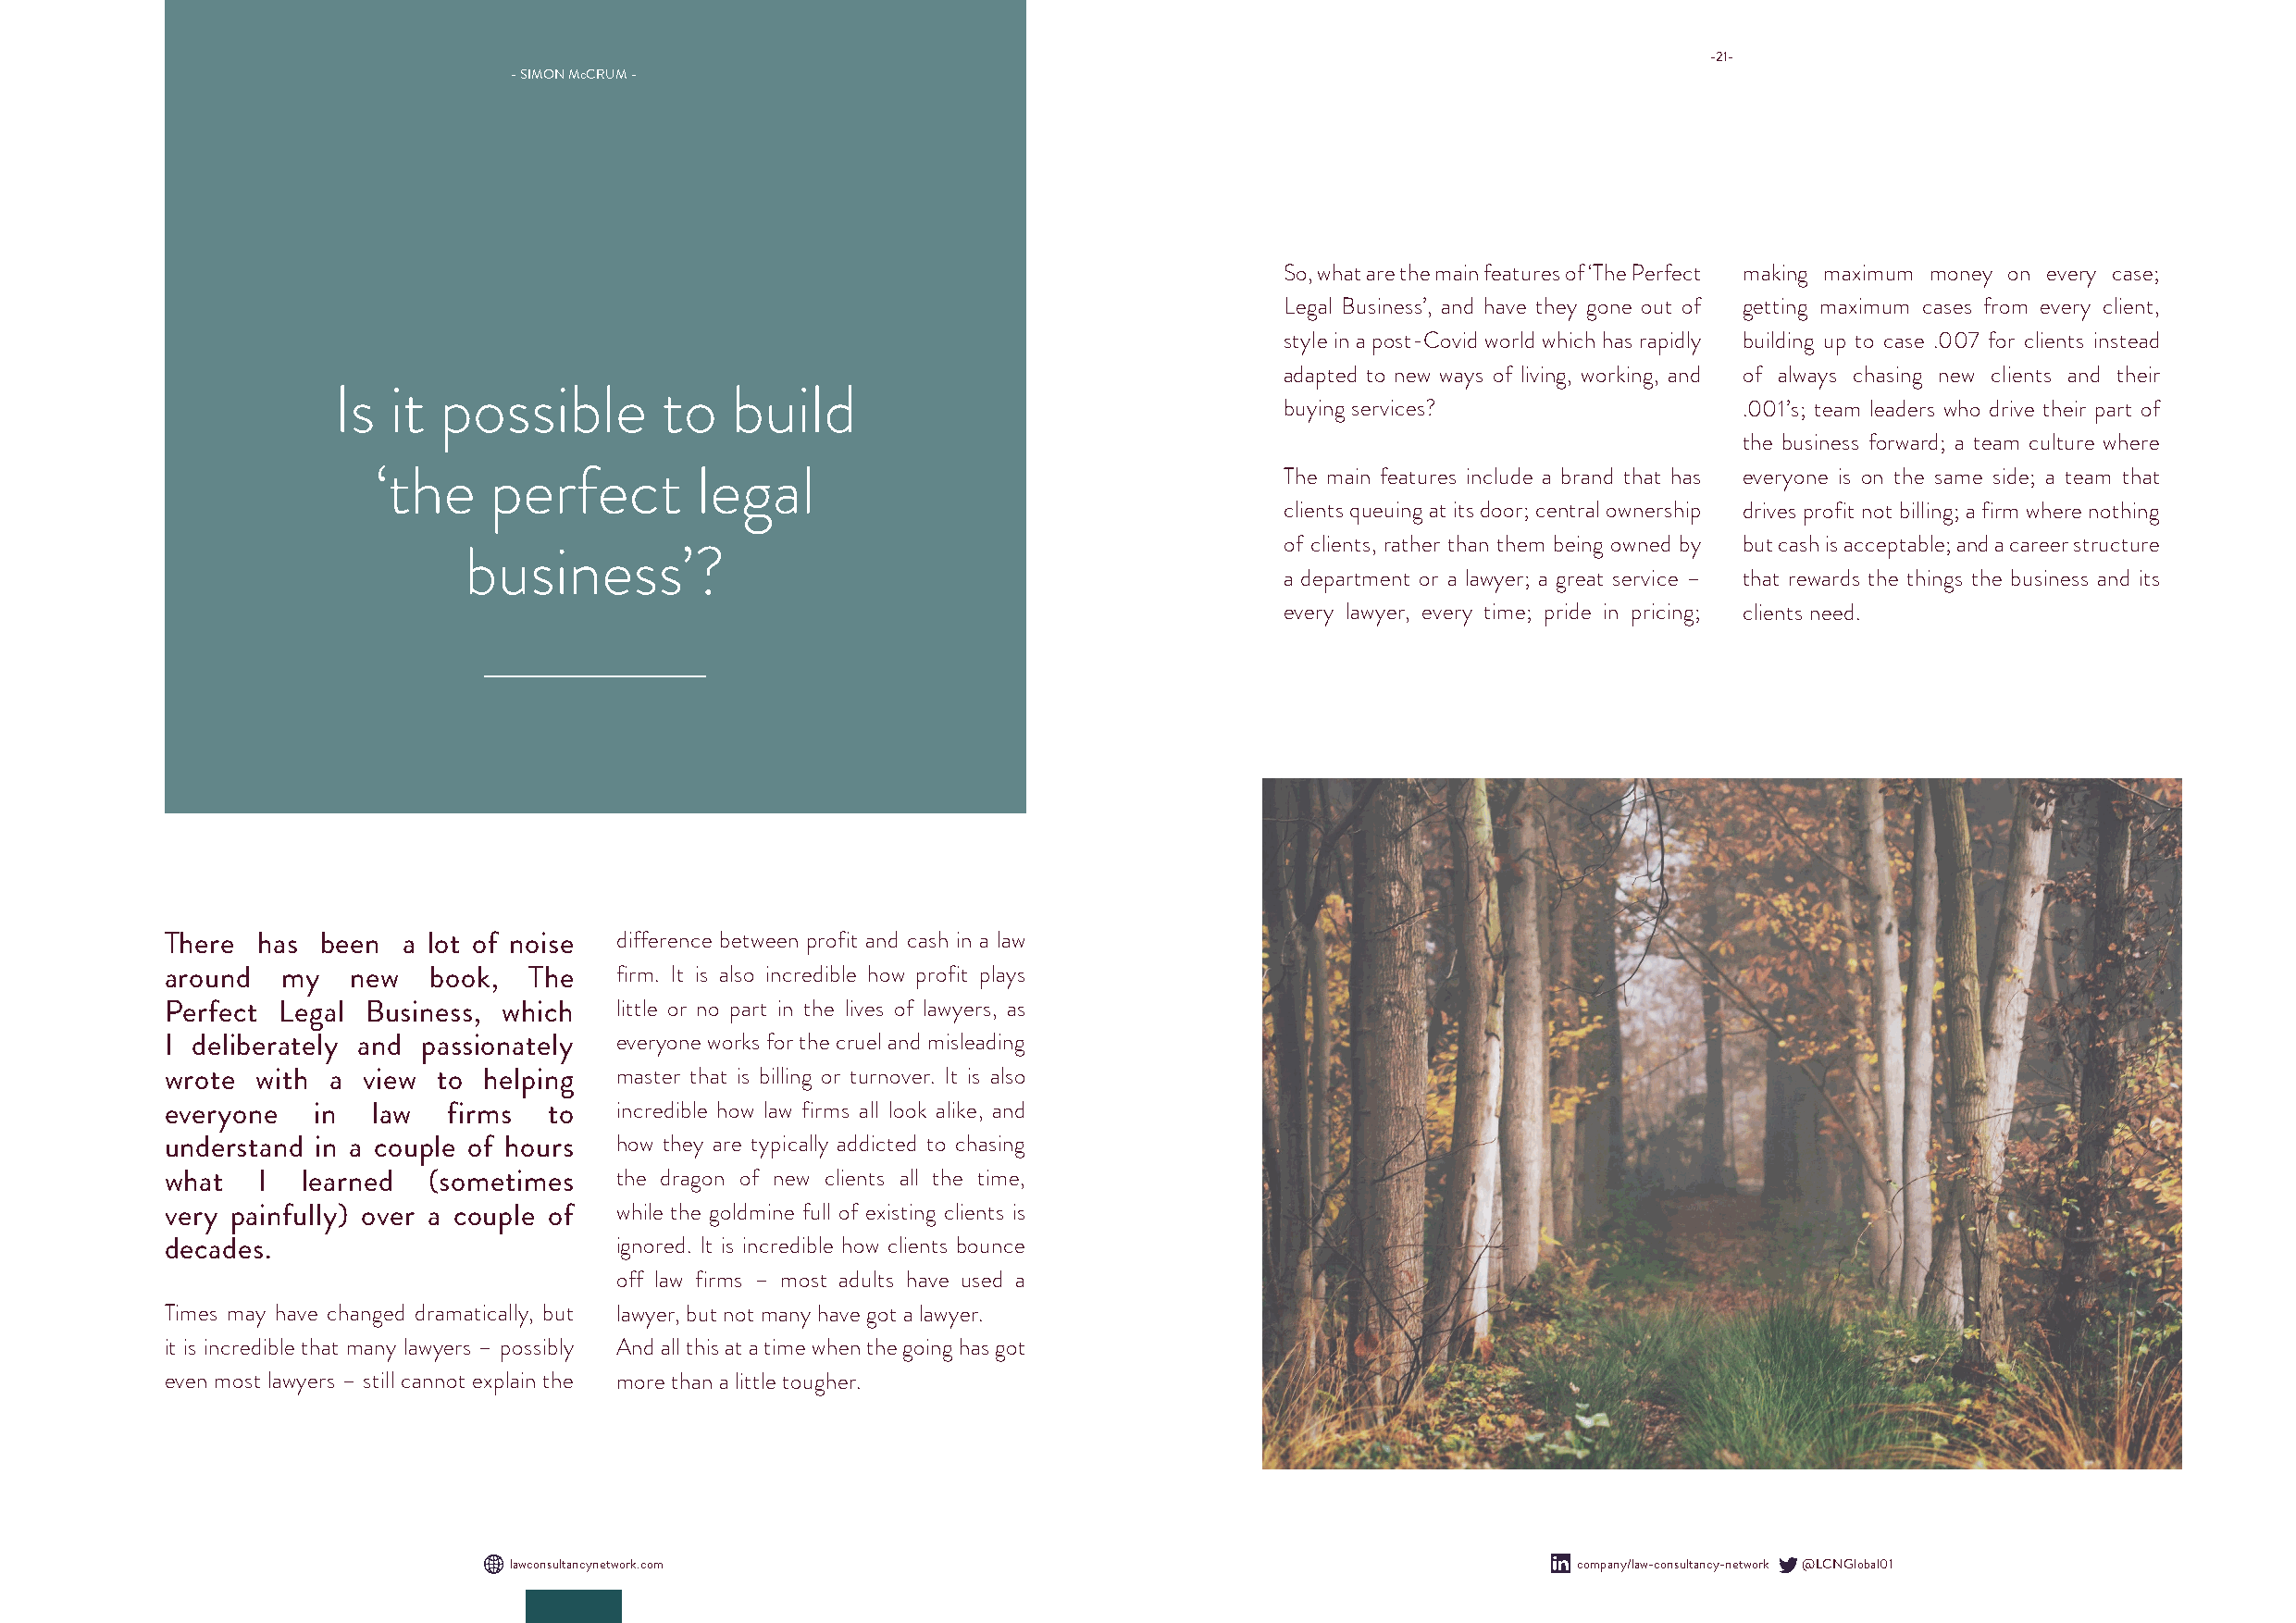
-21-
 - SIMON McCRUM -
 So, what are the main features of ‘The Perfect making maximum money on every case;
 Legal Business’, and have they gone out of getting maximum cases from every client,
 style in a post-Covid world which has rapidly building up to case .007 for clients instead
 adapted to new ways of living, working, and of always chasing new clients and their
 Is  it possible        to   build
 buying services?                 .001’s; team leaders who drive their part of
 the business forward; a team culture where
 ‘the    perfect        legal                                     The main features include a brand that has everyone is on the same side; a team that
 clients queuing at its door; central ownership drives profit not billing; a firm where nothing
 of clients, rather than them being owned by but cash is acceptable; and a career structure
 business’?
 a department or a lawyer; a great service – that rewards the things the business and its
 every lawyer, every time; pride in pricing; clients need.
 There has  been  a lot of noise difference between profit and cash in a law
 around  my   new   book,  The   firm. It is also incredible how profit plays
 Perfect Legal Business, which   little or no part in the lives of lawyers, as
 I deliberately and passionately everyone works for the cruel and misleading
 wrote with  a view to  helping  master that is billing or turnover. It is also
 everyone   in  law  firms  to   incredible how law firms all look alike, and
 understand in a couple of hours how they are typically addicted to chasing
 what   I  learned  (sometimes   the dragon of new clients all the time,
 very painfully) over a couple of while the goldmine full of existing clients is
 decades.                        ignored. It is incredible how clients bounce
 off law firms – most adults have used a
 Times may have changed dramatically, but lawyer, but not many have got a lawyer.
 it is incredible that many lawyers – possibly And all this at a time when the going has got
 even most lawyers – still cannot explain the more than a little tougher.
 lawconsultancynetwork.com                                                    company/law-consultancy-network @LCNGlobal01